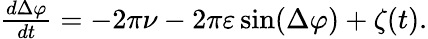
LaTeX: \begin{array}{r}{\frac{d\Delta\varphi}{dt}=-2\pi\nu-2\pi\varepsilon\sin(\Delta\varphi)+\zeta(t).}\end{array}